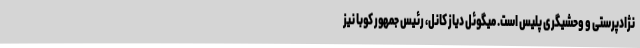
نژادپرستی و وحشیگری پلیس است. میگوئل دیاز کانل، رئیس جمهور کوبا نیز